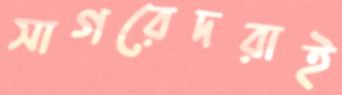
সাগরেদরাই